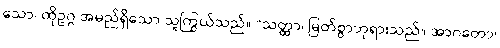
သော၊ ထိုဥဂ္ဂ အမည်ရှိသော သူကြွယ်သည်။ “သတ္ထာ၊ မြတ်စွာဘုရားသည်။ အာဂတော၊